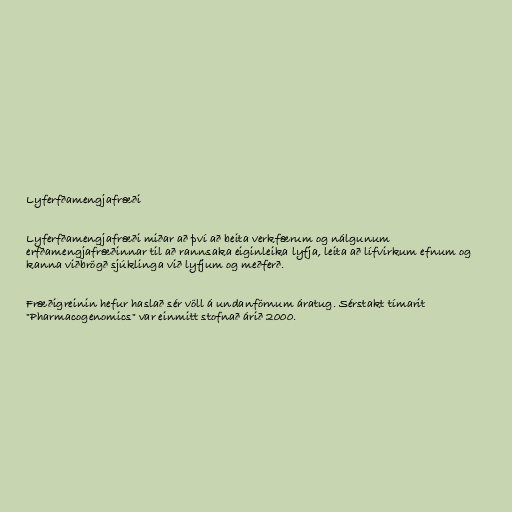
Lyferfðamengjafræði

Lyferfðamengjafræði miðar að því að beita verkfærum og nálgunum
erfðamengjafræðinnar til að rannsaka eiginleika lyfja, leita að lífvirkum efnum og
kanna viðbrögð sjúklinga við lyfjum og meðferð.

Fræðigreinin hefur haslað sér völl á undanförnum áratug. Sérstakt tímarit
"Pharmacogenomics" var einmitt stofnað árið 2000.